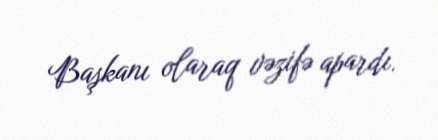
Başkanı olaraq vəzifə apardı.